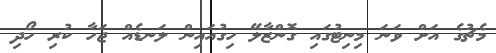
މެޗުގެ އަށް ވަނަ މިނިޓުގައި ގޮންޒާލޭ ހިގުއައިން ލަނޑެއް ޖަހާ ކުރި ހޯދި